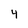
Character: 4